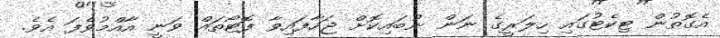
އެގޮތުން ޓިކެޓުގައި ހިލަރީގެ ނަން ނުބައިކޮށް ޖަހާފައިވާ ފޮޓޯތައް ވަނީ އާއްމުވެފަ އެވެ.